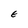
Character: E